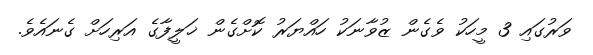
ވަރުގައި 3 މީހަކު ވެގެން ޒުވާނަކު ހައްޔަރު ކޮށްގެން ޚަލީފާގެ އަރިހަށް ގެނައެވެ.